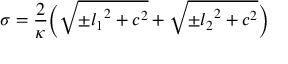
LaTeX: \sigma = \frac { 2 } { \kappa } \Bigl ( { \sqrt { { \pm } { l _ { 1 } } ^ { 2 } + c ^ { 2 } } } + { \sqrt { { \pm } { l _ { 2 } } ^ { 2 } + c ^ { 2 } } } \Bigr )